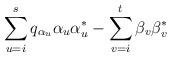
LaTeX: \begin{align*} \sum_{u=i}^s q_{\alpha_u}\alpha_u\alpha^*_u - \sum_{v=i}^t \beta_v\beta_v^*\end{align*}